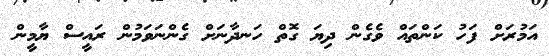
އަމުރަށް ފަހު ކަންތައް ވެގެން ދިޔަ ގޮތް ހަނދާނަށް ގެންނަވަމުން ރައީސް ޔާމީން